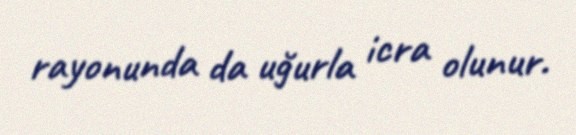
rayonunda da uğurla icra olunur.